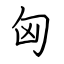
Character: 匈